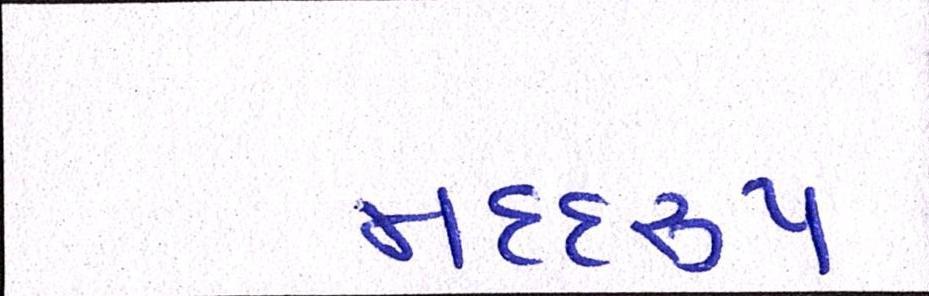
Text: મદદરુપ